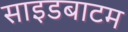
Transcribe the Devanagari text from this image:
साइडबाटम